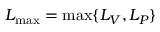
L _ { \mathrm { m a x } } = \operatorname* { m a x } \lbrace L _ { V } , L _ { P } \rbrace